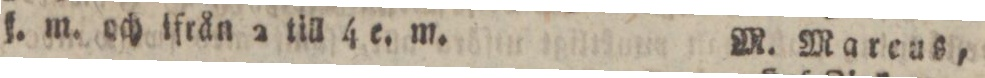
ſ. m. och ifrån 2 till 4 e. m.    M. Mareus,